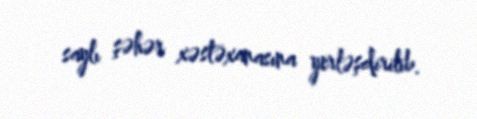
saylı şəhər xəstəxanasına yerləşdirilib.